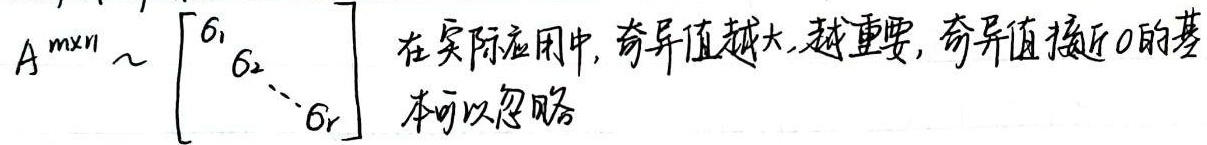
\[A_{m\times n} \sim \begin{bmatrix}\sigma_1 & & & \\& \sigma_2 & & \\& & \ddots & \\& & & \sigma_r\end{bmatrix}\]
在实际应用中，奇异值越大，越重要，奇异值接近0的基本可以忽略。